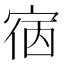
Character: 㝛